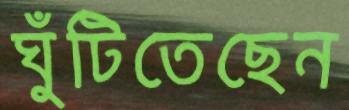
ঘুঁটিতেছেন